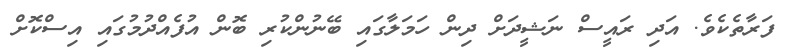
ފަރާތެކެވެ. އަދި ރައީސް ނަޝީދަށް ދިން ހަމަލާގައި ބޭނުންކުރި ބޮން އުފެއްދުމުގައި އިސްކޮށް